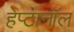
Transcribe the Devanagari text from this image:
हेप्टानॉल